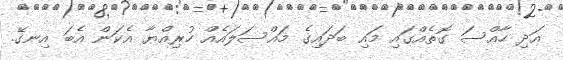
އަދި ހާއްސަ ގޮތެއްގައި މައި ބަދައިގެ މައްސަލައެއް ހުރިއްޔާ އެކަން އެބަ އިނގޭ.